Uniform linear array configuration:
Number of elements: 24
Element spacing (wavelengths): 0.5
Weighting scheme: cosine
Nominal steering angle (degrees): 45
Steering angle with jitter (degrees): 43.622
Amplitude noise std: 0.05
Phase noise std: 0.05

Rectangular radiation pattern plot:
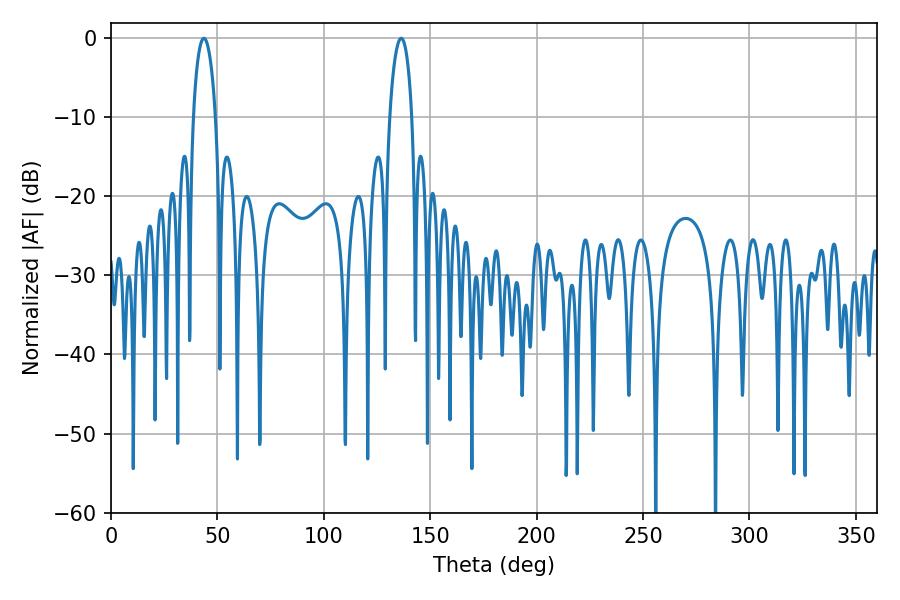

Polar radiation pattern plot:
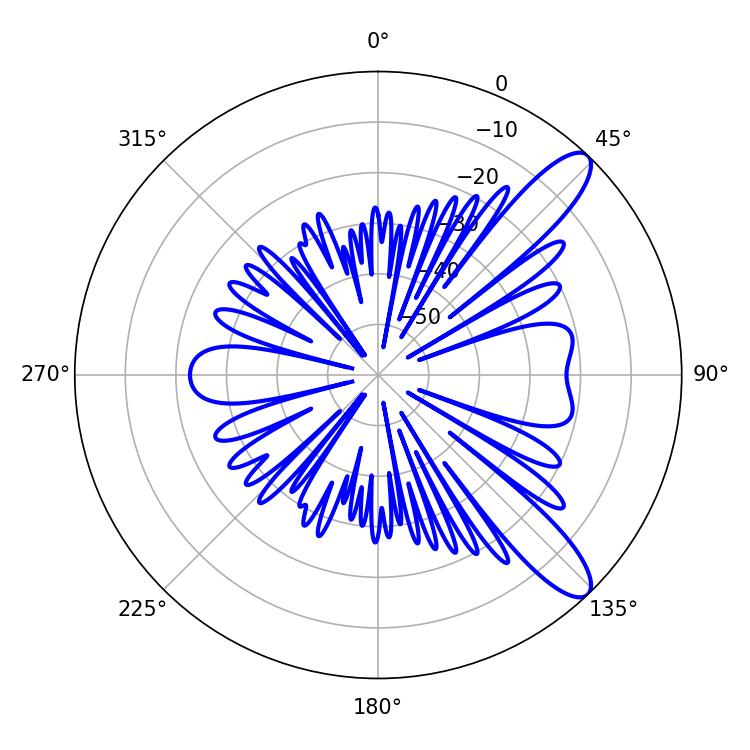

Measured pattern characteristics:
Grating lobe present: FALSE
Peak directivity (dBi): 10.974
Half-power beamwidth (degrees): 5.94
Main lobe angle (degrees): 43.74